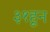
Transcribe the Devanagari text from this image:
३१हून